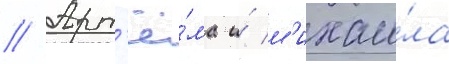
// Арт'ё́ма и́ м'ихаи́ла